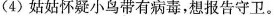
(4)姑姑怀疑小鸟带有病毒，想报告守卫。